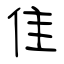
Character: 隹